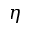
\eta